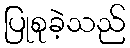
ပြုစုခဲ့သည်